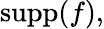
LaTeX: \operatorname{supp}(f),